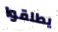
يطلقوا